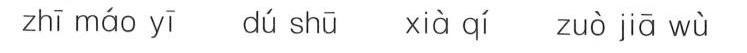
zhī máo yī dú shū xià qí zuò jiā wù